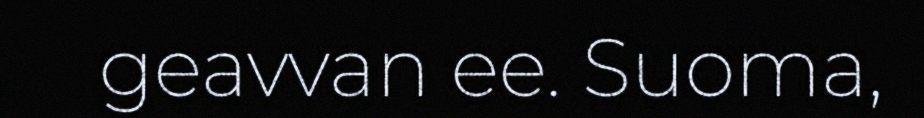
geavvan ee. Suoma,